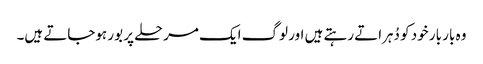
وہ بار بار خود کو دُہراتے رہتے ہیں اور لوگ ایک مرحلے پر بور ہوجاتے ہیں۔